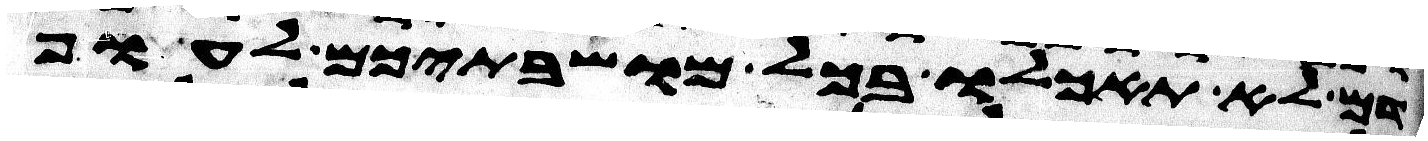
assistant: דם לא תאכלו בכל מושבתיכם לעוף